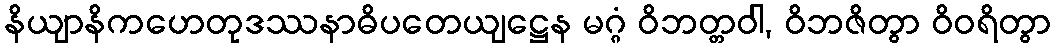
နိယျာနိကဟေတုဒဿနာဓိပတေယျဋ္ဌေန မဂ္ဂံ ဝိဘတ္တဝါ, ဝိဘဇိတွာ ဝိဝရိတွာ